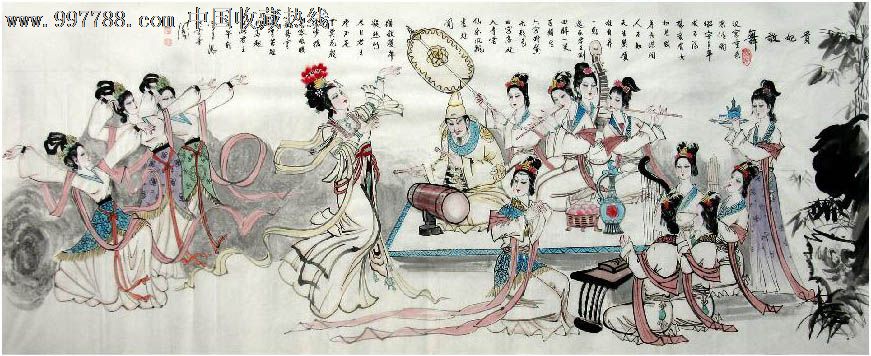
歌舞尊前，繁华镜里，暗换青青发。